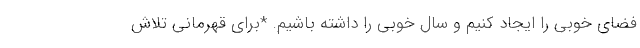
فضای خوبی را ایجاد کنیم و سال خوبی را داشته باشیم. *برای قهرمانی تلاش